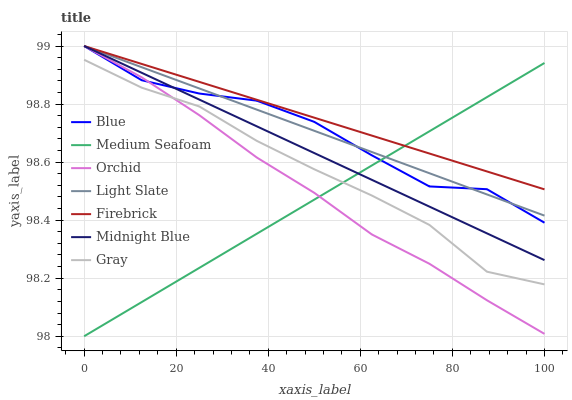
| xaxis_label | Blue | Medium Seafoam | Orchid | Light Slate | Firebrick | Midnight Blue | Gray |
 | --- | --- | --- | --- | --- | --- | --- | --- |
 | 0 | 99 | 98 | 99 | 99 | 99 | 99 | 99 |
 | 12.5 | 98.9 | 98.1 | 98.9 | 98.9 | 98.9 | 98.9 | 98.9 |
 | 25 | 98.8 | 98.2 | 98.8 | 98.9 | 98.9 | 98.8 | 98.8 |
 | 37.5 | 98.8 | 98.4 | 98.6 | 98.8 | 98.8 | 98.7 | 98.7 |
 | 50 | 98.7 | 98.5 | 98.5 | 98.7 | 98.8 | 98.6 | 98.6 |
 | 62.5 | 98.6 | 98.6 | 98.4 | 98.6 | 98.7 | 98.5 | 98.5 |
 | 75 | 98.5 | 98.7 | 98.2 | 98.6 | 98.6 | 98.4 | 98.4 |
 | 87.5 | 98.5 | 98.8 | 98.1 | 98.5 | 98.6 | 98.4 | 98.2 |
 | 100 | 98.4 | 98.9 | 98 | 98.4 | 98.5 | 98.3 | 98.2 |